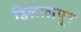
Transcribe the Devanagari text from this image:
हिलालपूर